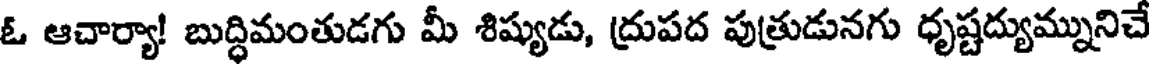
ఓ ఆచార్యా! బుద్ధిమంతుడగు మీ శిష్యుడు, ద్రుపద పుత్రుడునగు ధృష్టద్యుమ్నునిచే